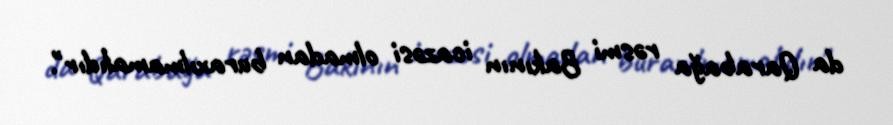
da Qarabağa rəsmi Bakının icazəsi olmadan buraxılmamalıdır".